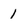
Character: 1